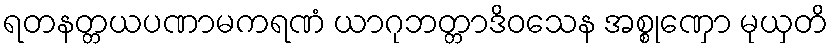
ရတနတ္တယပဏာမကရဏံ ယာဂုဘတ္တာဒိဝသေန အစ္စုဏှော မုယှတိ